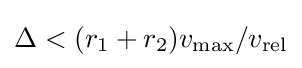
\Delta <(r_{1}+r_{2})v_{\text{max}}/v_{\text{rel}}